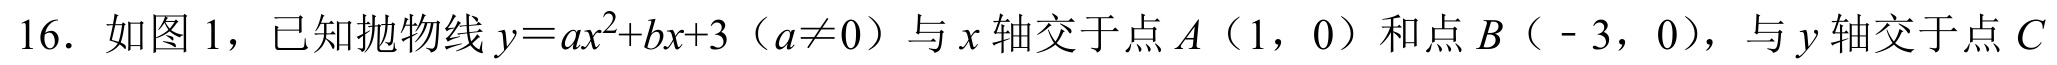
16. 如图1，已知抛物线\(y = ax^{2}+bx + 3\)（\(a\neq0\)）与\(x\)轴交于点\(A(1,0)\)和点\(B(-3,0)\)，与\(y\)轴交于点\(C\)